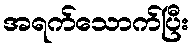
အရက်သောက်ပြီး